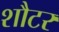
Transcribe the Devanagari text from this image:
शौटर